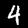
Label: 4